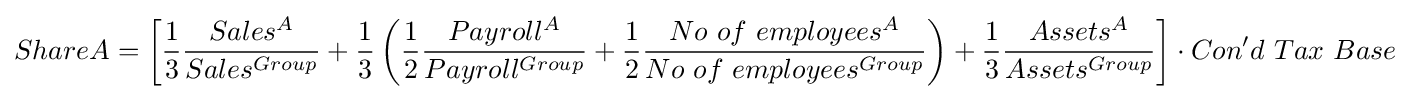
ShareA=\left[{\frac {1}{3}}{\frac {Sales^{A}}{Sales^{Group}}}+{\frac {1}{3}}\left({\frac {1}{2}}{\frac {Payroll^{A}}{Payroll^{Group}}}+{\frac {1}{2}}{\frac {No\ of\ employees^{A}}{No\ of\ employees^{Group}}}\right)+{\frac {1}{3}}{\frac {Assets^{A}}{Assets^{Group}}}\right]\cdot Con'd\ Tax\ Base